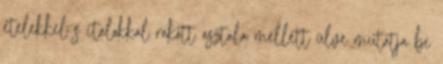
ételekkel s italokkal rakott asztala mellett ülve mutatja be